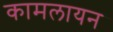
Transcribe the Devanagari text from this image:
कामलायन